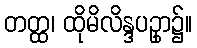
တတ္ထ၊ ထိုမိလိန္ဒပဥှာ၌။